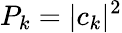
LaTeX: P_{k}=|c_{k}|^{2}